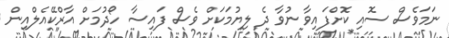
ނަމަވެސް ސޮއި ކޮށްފައިވާ ނުވާ ދެ ލިޔުމަކަށް ވެސް ފައިސާ ހޯދުމަށް އާރްކޭއެލްއިން